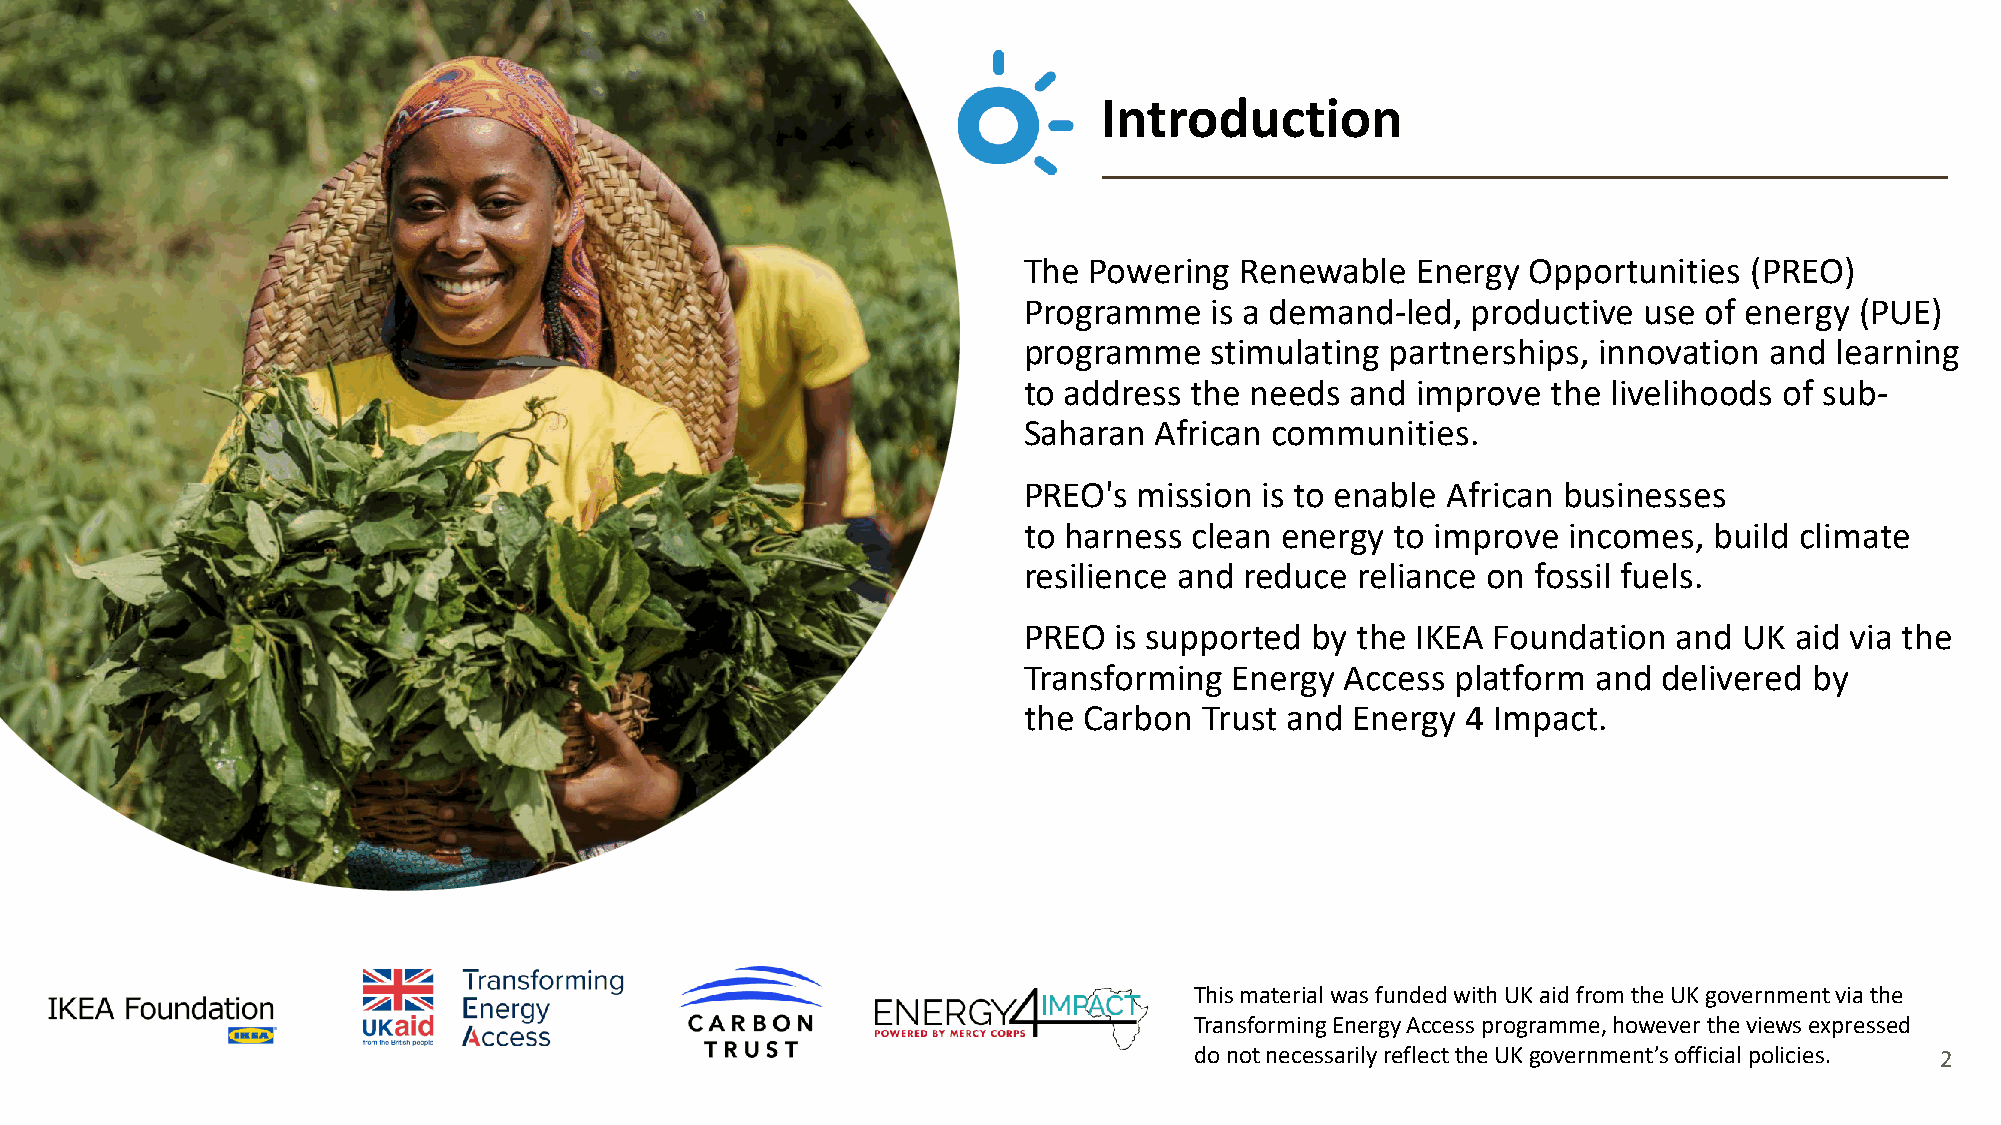
Introduction
 The Powering  Renewable   Energy Opportunities  (PREO)
 Programme   is a demand-led, productive  use of energy (PUE)
 programme   stimulating partnerships, innovation and learning
 to address the needs and  improve  the livelihoods of sub-
 Saharan African communities.
 PREO's mission is to enable African businesses
 to harness clean energy to improve  incomes, build climate
 resilience and reduce reliance on fossil fuels.
 PREO  is supported by the IKEA Foundation  and UK  aid via the
 Transforming  Energy Access platform  and delivered by
 the Carbon  Trust and Energy 4 Impact.
 This material was funded with UK aid from the UK government via the
 Transforming Energy Access programme, however the views expressed
 do not necessarily reflect the UK government’s official policies. 2